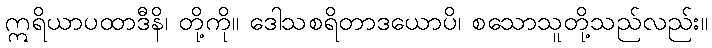
ဣရိယာပထာဒီနိ၊ တို့ကို။ ဒေါသစရိတာဒယောပိ၊ စသောသူတို့သည်လည်း။